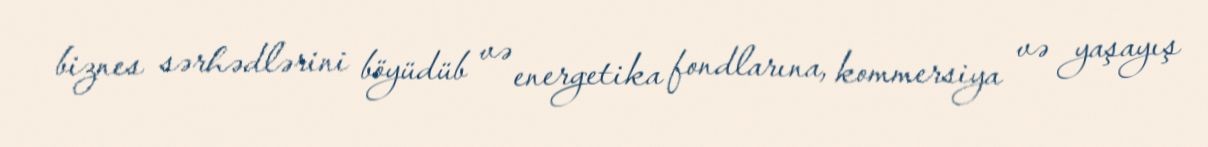
biznes sərhədlərini böyüdüb və energetika fondlarına, kommersiya və yaşayış